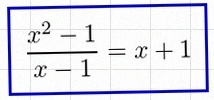
\frac{x^2-1}{x-1}=x+1